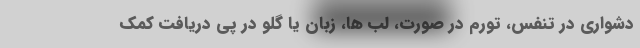
دشواری در تنفس، تورم در صورت، لب ها، زبان یا گلو در پی دریافت کمک